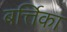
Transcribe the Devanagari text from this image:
बर्त्तिका